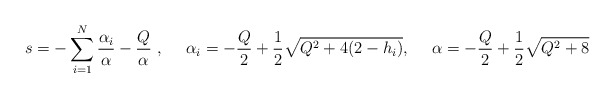
\begin{align*}s=-\sum_{i=1}^{N}\frac{\alpha_i}{\alpha} - \frac{Q}{\alpha}~, \quad ~\alpha_i=-\frac{Q}{2}+ \frac{1}{2}\sqrt{Q^2 + 4(2 - h_i)}, \quad ~\alpha=-\frac{Q}{2}+ \frac{1}{2}\sqrt{Q^2 + 8}\end{align*}